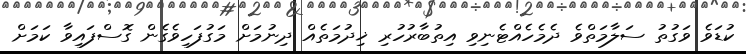
ކުޑަވެ ވަގުތު ސަލާމަތްވެ ދެމެހެއްޓެނިވި އިތުބާރުހުރި ޚިދުމަތެއް ދިނުމަށް މަގުފަހިވެގެން ގޮސްފައިވާ ކަމަށް